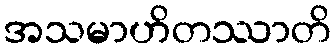
အသမာဟိတဿာတိ